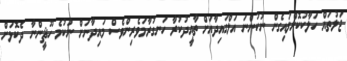
ޖަލުތައް ހަލާކުކޮށްލައިގެން ނުކުންނަ އަލްގައިދާއަށް ތާއީދުކުރާ ހަނގުރާމަވެރިންވެސް މައިދާނަށް ނުކުމެ ހޫޘީންނާ ދެކޮޅަށް